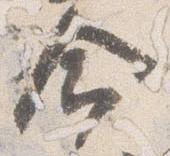
命